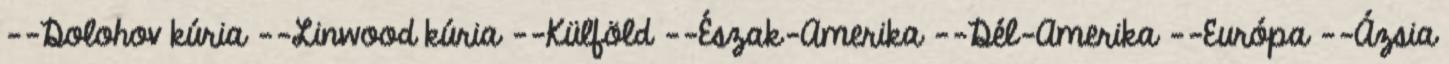
--Dolohov kúria --Linwood kúria --Külföld --Észak-Amerika --Dél-Amerika --Európa --Ázsia